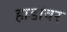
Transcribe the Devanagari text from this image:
हाडांवर